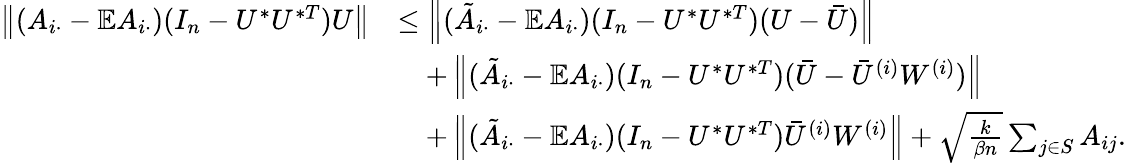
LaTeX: \begin{array}{rl}{\left\| {(A_{i\cdot}-\mathbb{E}A_{i\cdot})(I_{n}-U^{*}U^{*T})U}\right\| }&{\leq\left\| {(\tilde{A}_{i\cdot}-\mathbb{E}A_{i\cdot})(I_{n}-U^{*}U^{*T})(U-\bar{U})}\right\| }\\ &{\quad+\left\| {(\tilde{A}_{i\cdot}-\mathbb{E}A_{i\cdot})(I_{n}-U^{*}U^{*T})(\bar{U}-\bar{U}^{(i)}W^{(i)})}\right\| }\\ &{\quad+\left\| {(\tilde{A}_{i\cdot}-\mathbb{E}A_{i\cdot})(I_{n}-U^{*}U^{*T})\bar{U}^{(i)}W^{(i)}}\right\| +\sqrt{\frac{k}{\beta n}}\sum_{j\in S}A_{ij}.}\end{array}